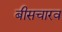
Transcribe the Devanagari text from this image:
बीसचारव